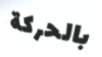
بالحركة